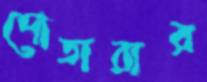
দোতারার